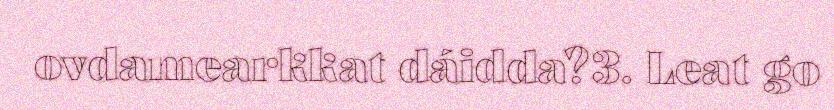
ovdamearkkat dáidda?3. Leat go